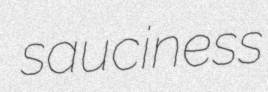
sauciness